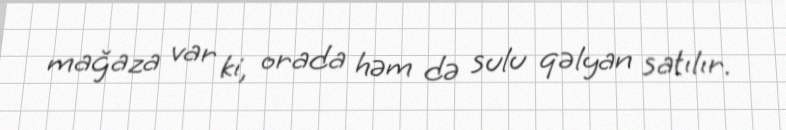
mağaza var ki, orada həm də sulu qəlyan satılır.